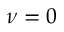
\nu = 0